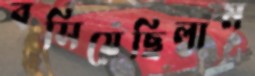
বসিয়েছিলাম